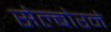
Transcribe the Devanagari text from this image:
सेल्बोरने